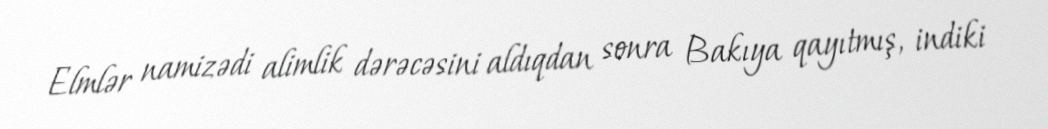
Elmlər namizədi alimlik dərəcəsini aldıqdan sonra Bakıya qayıtmış, indiki